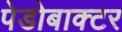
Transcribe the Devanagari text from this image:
पेडोबाक्टर